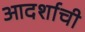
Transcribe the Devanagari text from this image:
आदर्शाची